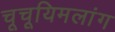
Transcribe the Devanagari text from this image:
चूचूयिमलांग